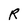
Character: R